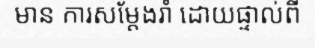
មាន ការសម្តែងរាំ ដោយផ្ទាល់ពី